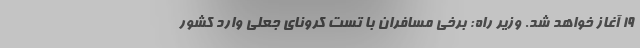
۱۹ آغاز خواهد شد. وزیر راه: برخی مسافران با تست کرونای جعلی وارد کشور